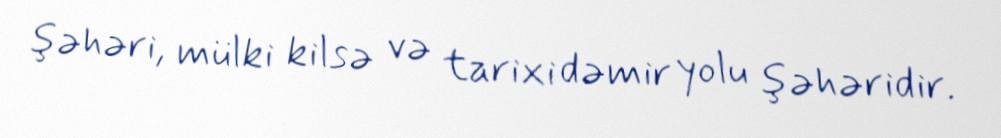
şəhəri, mülki kilsə və tarixi dəmir yolu şəhəridir.